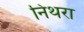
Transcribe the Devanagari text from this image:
निथरा